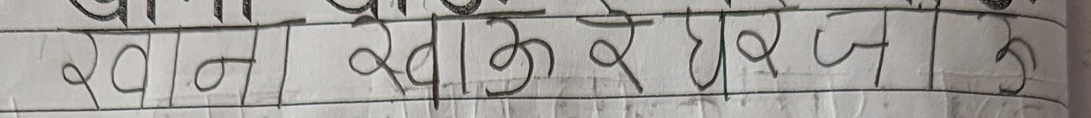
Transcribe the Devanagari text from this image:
रवान खाक र घरजक